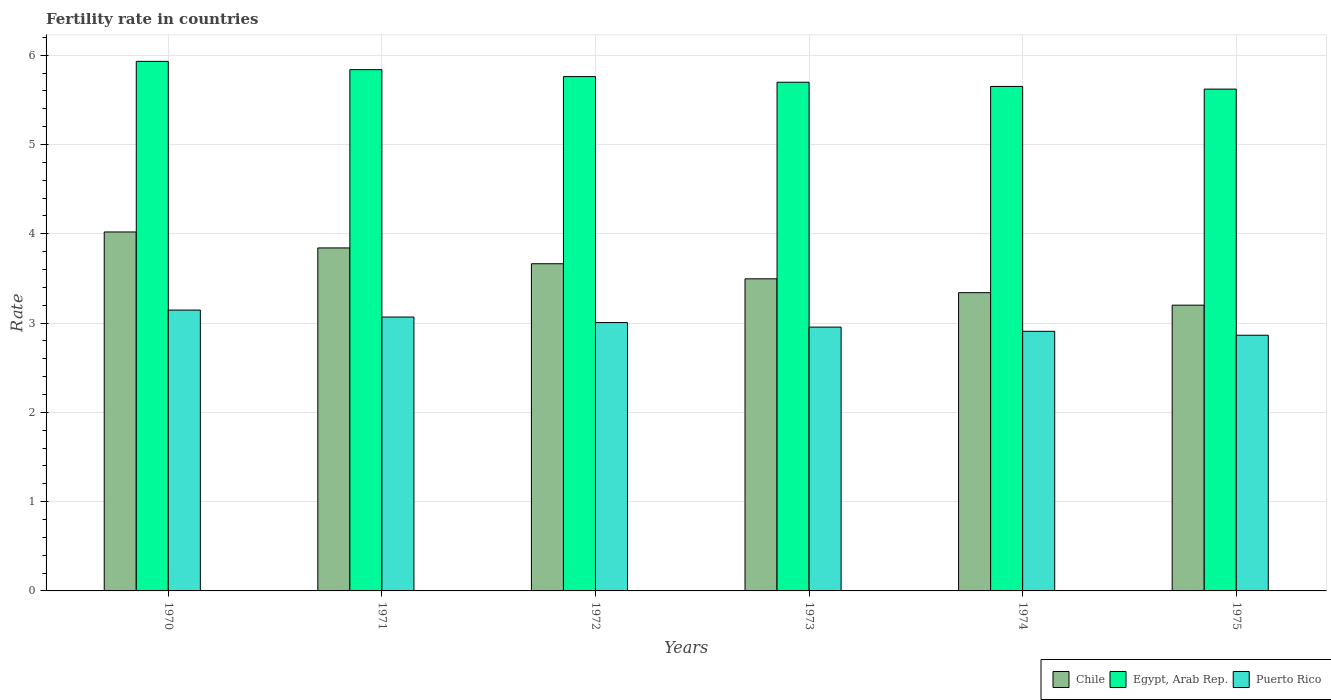
| Years | Chile | Egypt, Arab Rep. | Puerto Rico |
 | --- | --- | --- | --- |
 | 1970 | 4.02 | 5.93 | 3.15 |
 | 1971 | 3.84 | 5.84 | 3.07 |
 | 1972 | 3.67 | 5.76 | 3.01 |
 | 1973 | 3.5 | 5.7 | 2.96 |
 | 1974 | 3.34 | 5.65 | 2.91 |
 | 1975 | 3.2 | 5.62 | 2.86 |